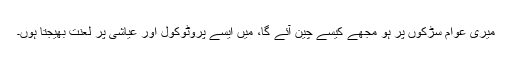
میری عوام سڑکوں پر ہو مجھے کیسے چین آئے گا، میں ایسے پروٹوکول اور عیاشی پر لعنت بھیجتا ہوں۔